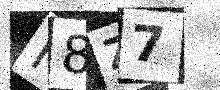
Text: N8Z7